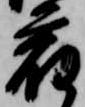
宿